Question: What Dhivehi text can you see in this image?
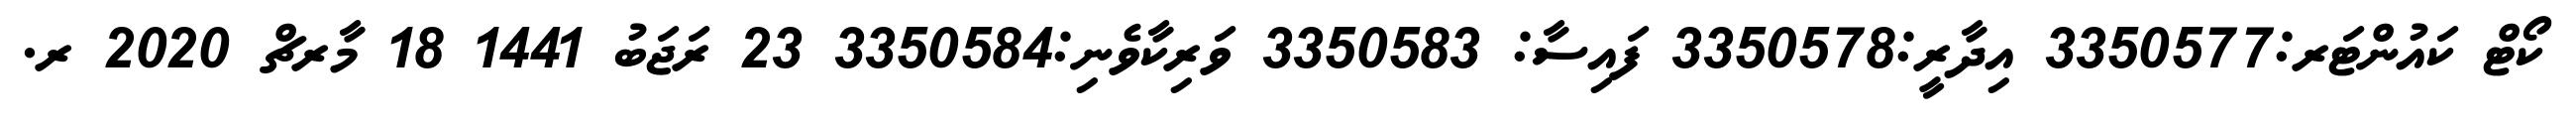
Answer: ކޯޓް ކައުންޓަރ:3350577 އިދާރީ:3350578 ފައިސާ: 3350583 ވަރިކާވެނި:3350584 23 ރަޖަބު 1441 18 މާރޗް 2020 ރ.